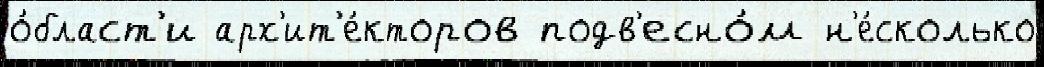
о́бласт'и арх'ит'е́кторов подв'есно́м н'е́сколько